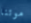
موتنا